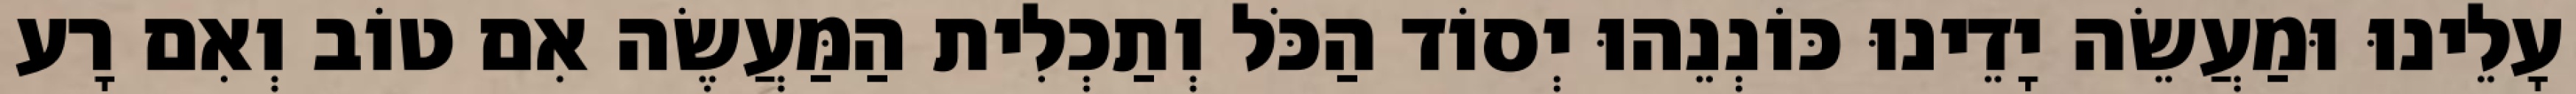
עָלֵינוּ וּמַעֲשֵׂה יָדֵינוּ כּוֹנְנֵהוּ יְסוֹד הַכֹּל וְתַכְלִית הַמַּעֲשֶׂה אִם טוֹב וְאִם רָע